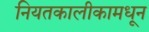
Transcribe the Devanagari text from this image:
नियतकालीकामधून